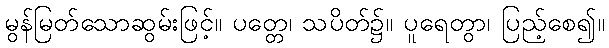
မွန်မြတ်သောဆွမ်းဖြင့်။ ပတ္တေ၊ သပိတ်၌။ ပူရေတွာ၊ ပြည့်စေ၍။